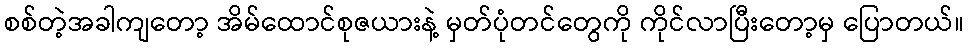
စစ်တဲ့အခါကျတော့ အိမ်ထောင်စုဇယားနဲ့ မှတ်ပုံတင်တွေကို ကိုင်လာပြီးတော့မှ ပြောတယ်။